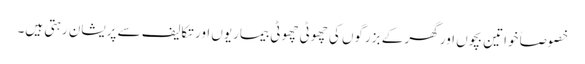
خصوصاً خواتین بچوں اور گھر کے بزرگوں کی چھوٹی چھوٹی بیماریوں اور تکالیف سے پریشان رہتی ہیں۔